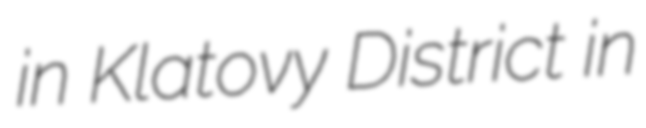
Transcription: in Klatovy District in